Scientific memoirs by medical officers of the Army of India - Part VII,
Year: 1892
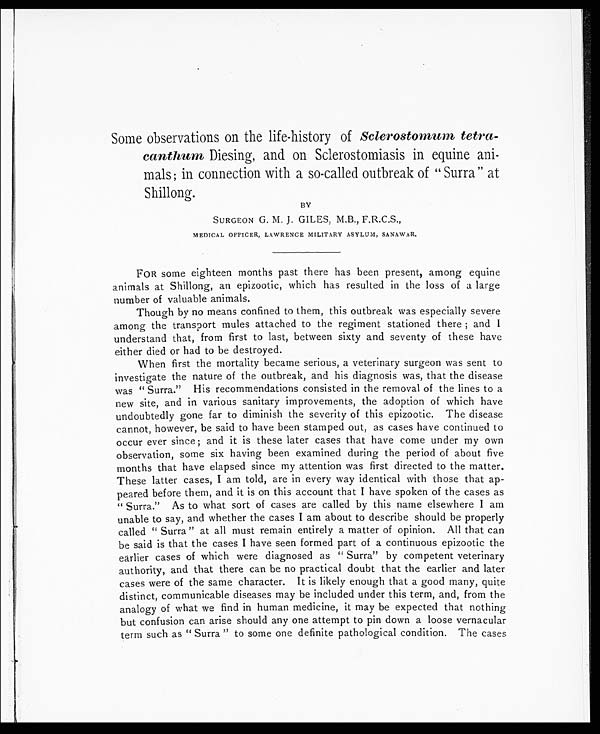
Some observations on the life-history of Sclerostomum tetra -
canthum Diesing, and on Sclerostomiasis in equine ani-
mals; in connection with a so-called outbreak of "Surra " at
Shillong.
BY
SURGEON G. M. J. GILES, M.B., F.R.C.S.,
MEDICAL OFFICER, LAWRENCE MILITARY ASYLUM, SANAWAR.
FOR some eighteen months past there has been present, among equine
animals at Shillong, an epizootic, which has resulted in the loss of a large
number of valuable animals.
Though by no means confined to them, this outbreak was especially severe
among the transport mules attached to the regiment stationed there; and I
understand that, from first to last, between sixty and seventy of these have
either died or had to be destroyed.
When first the mortality became serious, a veterinary surgeon was sent to
investigate the nature of the outbreak, and his diagnosis was, that the disease
was " Surra." His recommendations consisted in the removal of the lines to a
new site, and in various sanitary improvements, the adoption of which have
undoubtedly gone far to diminish the severity of this epizootic. The disease
cannot, however, be said to have been stamped out, as cases have continued to
occur ever since ; and it is these later cases that have come under my own
observation, some six having been examined during the period of about five
months that have elapsed since my attention was first directed to the matter.
These latter cases, I am told, are in every way identical with those that ap-
peared before them, and it is on this account that I have spoken of the cases as
" Surra. " As to what sort of cases are called by this name elsewhere I am
unable to say, and whether the cases I am about to describe should be properly
called " Surra " at all must remain entirely a matter of opinion. All that can
be said is that the cases I have seen formed part of a continuous epizootic the
earlier cases of which were diagnosed as " Surra" by competent veterinary
authority, and that there can be no practical doubt that the earlier and later
cases were of the same character.It is likely enough that a good many, quite
distinct, communicable diseases may be included under this term, and, from the
analogy of what we find in human medicine, it may be expected that nothing
but confusion can arise should any one attempt to pin down a loose vernacular
term such as " Surra " to some one definite pathological condition. The cases